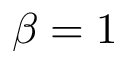
\beta = 1